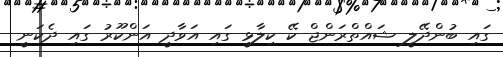
ގައި ބުންދޭލީ ޝައްތްރަންޖް ކޭ ކިލާޅީ ގައި އަވާދީ އަންކޫރު ގައި ދެކަނީ